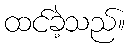
ထင်ခဲ့သည်။